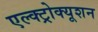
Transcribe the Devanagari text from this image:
एल्क्ट्रोक्यूशन